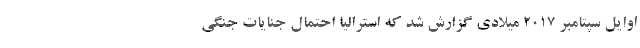
اوایل سپتامبر ۲۰۱۷ میلادی گزارش شد که استرالیا احتمال جنایات جنگی